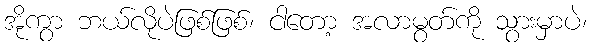
အိုကွာ ဘယ်လိုပဲဖြစ်ဖြစ်၊ ငါတော့ အလာမွတ်ကို သွားမှာပဲ၊